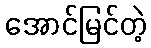
အောင်မြင်တဲ့